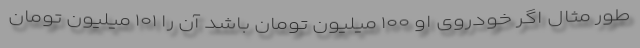
طور مثال اگر خودروی او ۱۰۰ میلیون تومان باشد آن را ۱۰۱ میلیون تومان